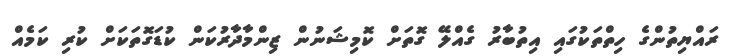
ރައްޔިތުންގެ ހިތްތަކުގައި އިތުބާރު ގެއްލޭ ގޮތަށް ކޮމިޝަނުން ޒިންމާދާރުކަން ކުޑަގޮތަކަށް ކުރި ކަމެއް